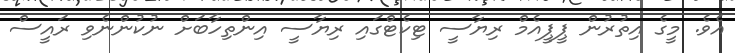
އެވެ. މީގެ އިތުރުން ޕީޕީއެމް ރިޔާސީ ޓިކެޓްގައި ރިޔާސީ އިންތިހާބަށް ނުކުންނެވި ރައީސް